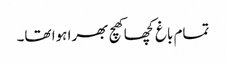
تمام باغ کچھا کھچ بھرا ہوا تھا۔